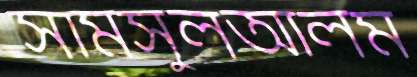
সামসুলআলম